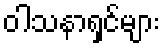
ဝါသနာရှင်များ